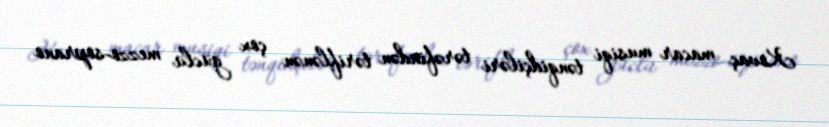
Kovaç macar musiqi tənqidçiləri tərəfindən təriflənən çox güclü mezzo-soprano